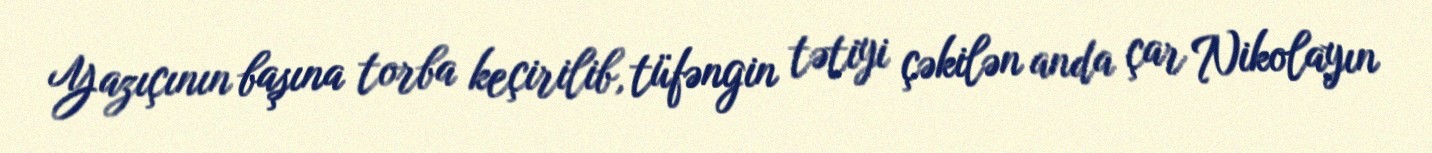
Yazıçının başına torba keçirilib, tüfəngin tətiyi çəkilən anda çar Nikolayın